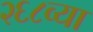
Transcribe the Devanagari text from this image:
२६८व्या